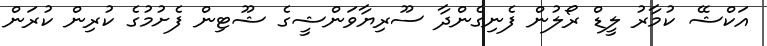
އަކްޝޭ ކުމާރު ލީޑް ރޯލުން ފެނިގެންދާ ސޫރިޔާވަންޝީގެ ޝޫޓިން ފެށުމުގެ ކުރިން ކުރަން